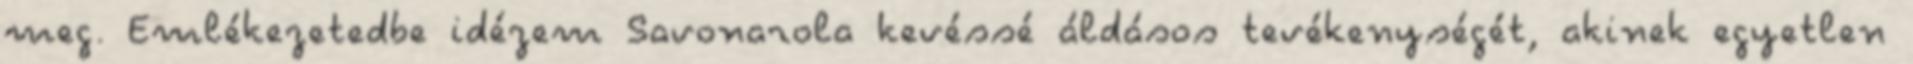
meg. Emlékezetedbe idézem Savonarola kevéssé áldásos tevékenységét, akinek egyetlen